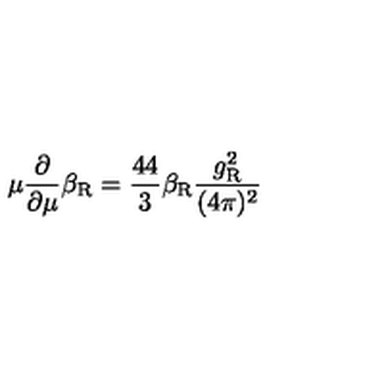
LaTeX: \mu \frac { \partial } { \partial \mu } \beta _ { \mathrm { R } } = \frac { 4 4 } 3 \beta _ { \mathrm { R } } \frac { g _ { \mathrm { R } } ^ { 2 } } { ( 4 \pi ) ^ { 2 } }